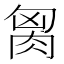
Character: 𰮢